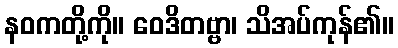
နဝကတို့ကို။ ဝေဒိတဗ္ဗာ၊ သိအပ်ကုန်၏။